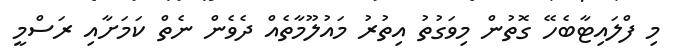
މި ފްލައިޓާބެހޭ ގޮތުން މިވަގުތު އިތުރު މައުލޫމާތެއް ދެވެން ނެތް ކަމަށާއި ރަސްމީ